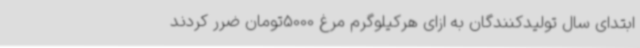
ابتدای سال تولیدکنندگان به ازای هرکیلوگرم مرغ 5000تومان ضرر کردند